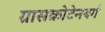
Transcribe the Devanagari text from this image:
ग्रासक्रोटेनबर्ग